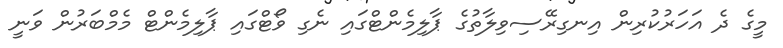
މީގެ ދެ އަހަރުކުރިން އިނގިރޭސިވިލާތުގެ ޕާލިމެންޓްގައި ނެގި ވޯޓްގައި ޕާލިމެންޓް މެމްބަރުން ވަނީ